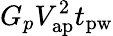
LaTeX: G_{p}V_{\mathrm{ap}}^{2}t_{\mathrm{pw}}